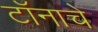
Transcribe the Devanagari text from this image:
टॉनाचे